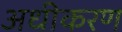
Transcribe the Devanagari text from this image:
अधीकरण